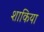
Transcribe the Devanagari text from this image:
शाकिया